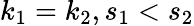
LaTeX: k_{1}=k_{2},s_{1}<s_{2}